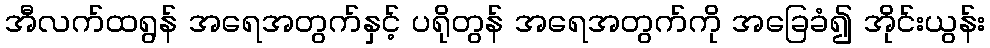
အီလက်ထရွန် အရေအတွက်နှင့် ပရိုတွန် အရေအတွက်ကို အခြေခံ၍ အိုင်းယွန်း